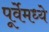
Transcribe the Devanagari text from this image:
पूर्वेमध्ये